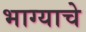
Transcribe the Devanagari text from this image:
भाग्याचे